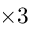
\times 3